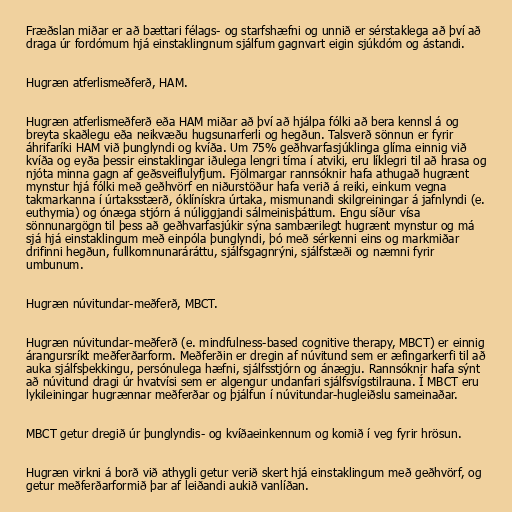
Fræðslan miðar er að bættari félags- og starfshæfni og unnið er sérstaklega að því að
draga úr fordómum hjá einstaklingnum sjálfum gagnvart eigin sjúkdóm og ástandi.

Hugræn atferlismeðferð, HAM.

Hugræn atferlismeðferð eða HAM miðar að því að hjálpa fólki að bera kennsl á og
breyta skaðlegu eða neikvæðu hugsunarferli og hegðun. Talsverð sönnun er fyrir
áhrifaríki HAM við þunglyndi og kvíða. Um 75% geðhvarfasjúklinga glíma einnig við
kvíða og eyða þessir einstaklingar iðulega lengri tíma í atviki, eru líklegri til að hrasa og
njóta minna gagn af geðsveiflulyfjum. Fjölmargar rannsóknir hafa athugað hugrænt
mynstur hjá fólki með geðhvörf en niðurstöður hafa verið á reiki, einkum vegna
takmarkanna í úrtaksstærð, óklínískra úrtaka, mismunandi skilgreiningar á jafnlyndi (e.
euthymia) og ónæga stjórn á núliggjandi sálmeinisþáttum. Engu síður vísa
sönnunargögn til þess að geðhvarfasjúkir sýna sambærilegt hugrænt mynstur og má
sjá hjá einstaklingum með einpóla þunglyndi, þó með sérkenni eins og markmiðar
drifinni hegðun, fullkomnunaráráttu, sjálfsgagnrýni, sjálfstæði og næmni fyrir
umbunum.

Hugræn núvitundar-meðferð, MBCT.

Hugræn núvitundar-meðferð (e. mindfulness-based cognitive therapy, MBCT) er einnig
árangursríkt meðferðarform. Meðferðin er dregin af núvitund sem er æfingarkerfi til að
auka sjálfsþekkingu, persónulega hæfni, sjálfsstjórn og ánægju. Rannsóknir hafa sýnt
að núvitund dragi úr hvatvísi sem er algengur undanfari sjálfsvígstilrauna. Í MBCT eru
lykileiningar hugrænnar meðferðar og þjálfun í núvitundar-hugleiðslu sameinaðar.

MBCT getur dregið úr þunglyndis- og kvíðaeinkennum og komið í veg fyrir hrösun.

Hugræn virkni á borð við athygli getur verið skert hjá einstaklingum með geðhvörf, og
getur meðferðarformið þar af leiðandi aukið vanlíðan.